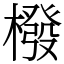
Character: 橃